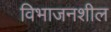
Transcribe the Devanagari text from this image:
विभाजनशील